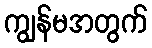
ကျွန်မအတွက်